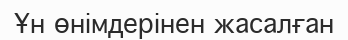
Ұн өнімдерінен жасалған